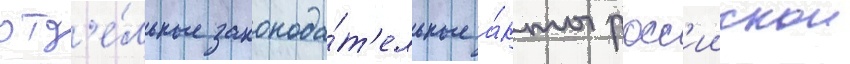
отд'е́льные законода́т'ельные а́кты росс'иискои